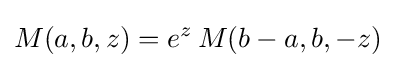
M(a,b,z)=e^{z}\,M(b-a,b,-z)